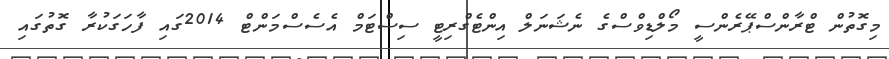
މިގޮތުން ޓްރާންސްޕޭރެންސީ މޯލްޑިވްސްގެ ނެޝަނަލް އިންޓެގްރިޓީ ސިސްޓަމް އެސެސްމަންޓް 2014ގައި ފާހަގަކުރާ ގޮތުގައި